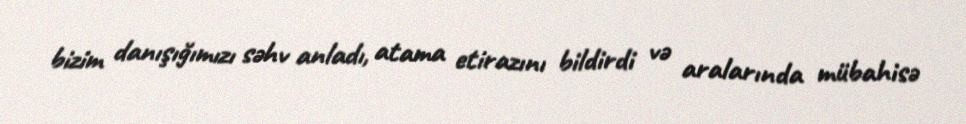
bizim danışığımızı səhv anladı, atama etirazını bildirdi və aralarında mübahisə